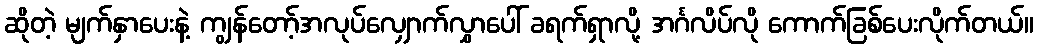
ဆိုတဲ့ မျက်နှာပေးနဲ့ ကျွန်တော့်အလုပ်လျှောက်လွှာပေါ် ခရက်ရှာလို့ အင်္ဂလိပ်လို ကောက်ခြစ်ပေးလိုက်တယ်။